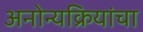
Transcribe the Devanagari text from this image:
अनोन्यक्रियांचा